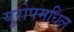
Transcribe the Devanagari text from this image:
युरोपमधिल